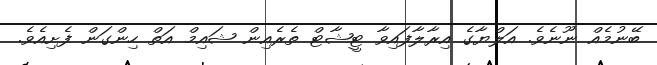
ބޭނުމެއް ނޫނެވެ. އަލްޔާގެ އިރާލާފައިވާ ޓީޝާޓް ތެރެއިން ޝައިމް އަތް ހިންގަން ފެށިއެވެ.